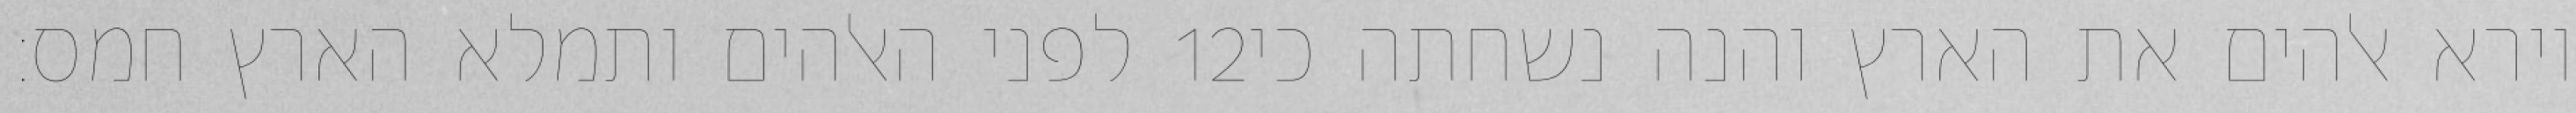
לפני האלהים ותמלא הארץ חמס׃ ‎12‏ וירא אלהים את הארץ והנה נשחתה כי